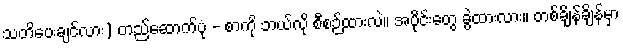
သတိပေးချင်လား) တည်ဆောက်ပုံ - စာကို ဘယ်လို စီစဉ်ထားလဲ။ အပိုင်းတွေ ခွဲထားလား။ တစ်ချိန်ချိန်မှာ